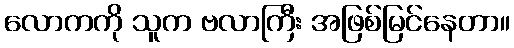
လောကကို သူက ဗလာကြီး အဖြစ်မြင်နေတာ။